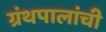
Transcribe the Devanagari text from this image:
ग्रंथपालांची